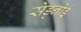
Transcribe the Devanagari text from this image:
सेड्नोई